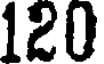
120